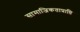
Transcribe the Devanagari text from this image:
सामाजिकताप्राप्ति